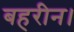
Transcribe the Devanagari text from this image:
बहरीन।